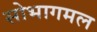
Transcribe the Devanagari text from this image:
सोभागमल